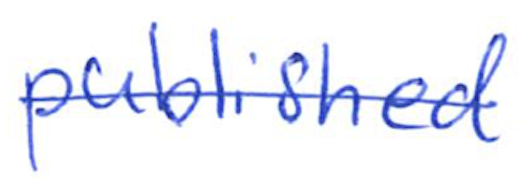
Text: published
Cross-out: single-line
Writing tool: ballpoint